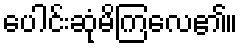
ပေါင်းဆုံမိကြလေ၏။